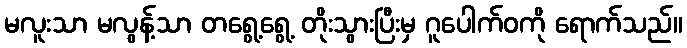
မလူးသာ မလွန့်သာ တရွေ့ရွေ့ တိုးသွားပြီးမှ ဂူပေါက်ဝကို ရောက်သည်။